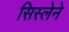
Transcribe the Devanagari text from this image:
सिस्लेने